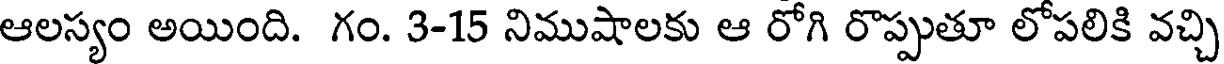
ఆలస్యం అయింది. గం. 3-15 నిముషాలకు ఆ రోగి రొప్పుతూ లోపలికి వచ్చి